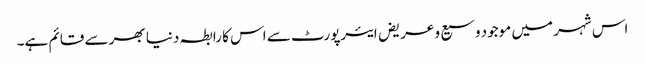
اس شہر میں موجود وسیع و عریض ایئرپورٹ سے اس کا رابطہ دنیا بھر سے قائم ہے۔